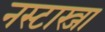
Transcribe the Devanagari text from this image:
नस्टास्जा